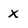
Character: x